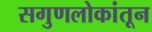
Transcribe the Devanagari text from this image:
सगुणलोकांतून